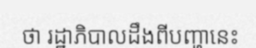
ថា រដ្ឋាភិបាលដឹងពីបញ្ហានេះ